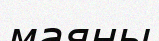
маяны